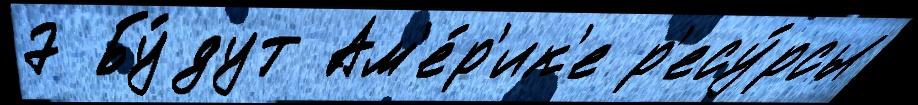
7 Бу́дут Ам'е́р'ик'е р'есу́рсы